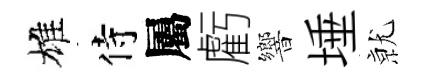
雄侍屬虧響埵𭕒